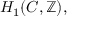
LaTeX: H _ { 1 } ( C , \mathbb { Z } ) ,